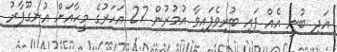
އަދި ބުނީ އެއް ފައި ބުރިވެފައިވާ އުމުރުން 27 އަހަރުގެ މީހާއަށް އުނގޫފާރު